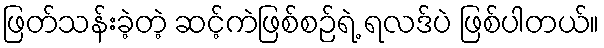
ဖြတ်သန်းခဲ့တဲ့ ဆင့်ကဲဖြစ်စဉ်ရဲ့ ရလဒ်ပဲ ဖြစ်ပါတယ်။